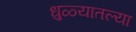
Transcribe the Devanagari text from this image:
धुळ्यातल्या